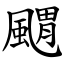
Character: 䬑